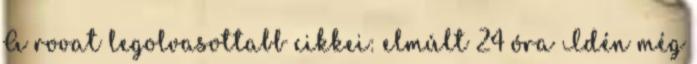
A rovat legolvasottabb cikkei: elmúlt 24 óra Idén még